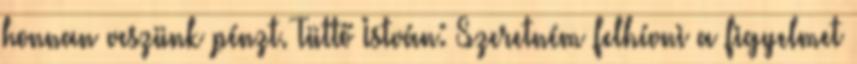
honnan veszünk pénzt. Tüttő István: Szeretném felhívni a figyelmet